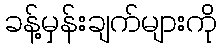
ခန့်မှန်းချက်များကို